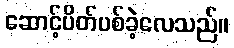
ဆောင့်ပိတ်ပစ်ခဲ့လေသည်။